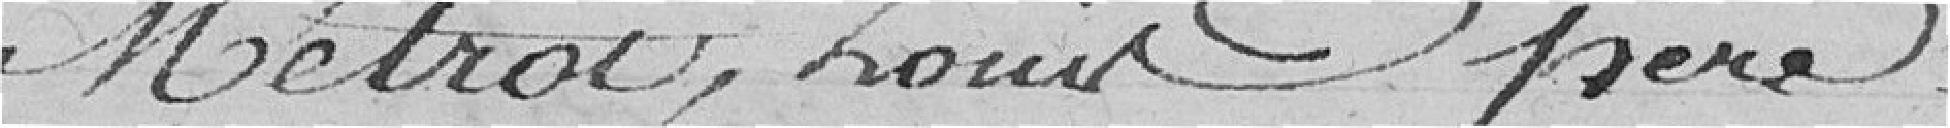
Métrou, Louis père